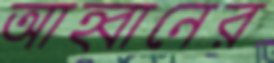
আহ্বানের